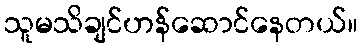
သူမသိချင်ဟန်ဆောင်နေတယ်။